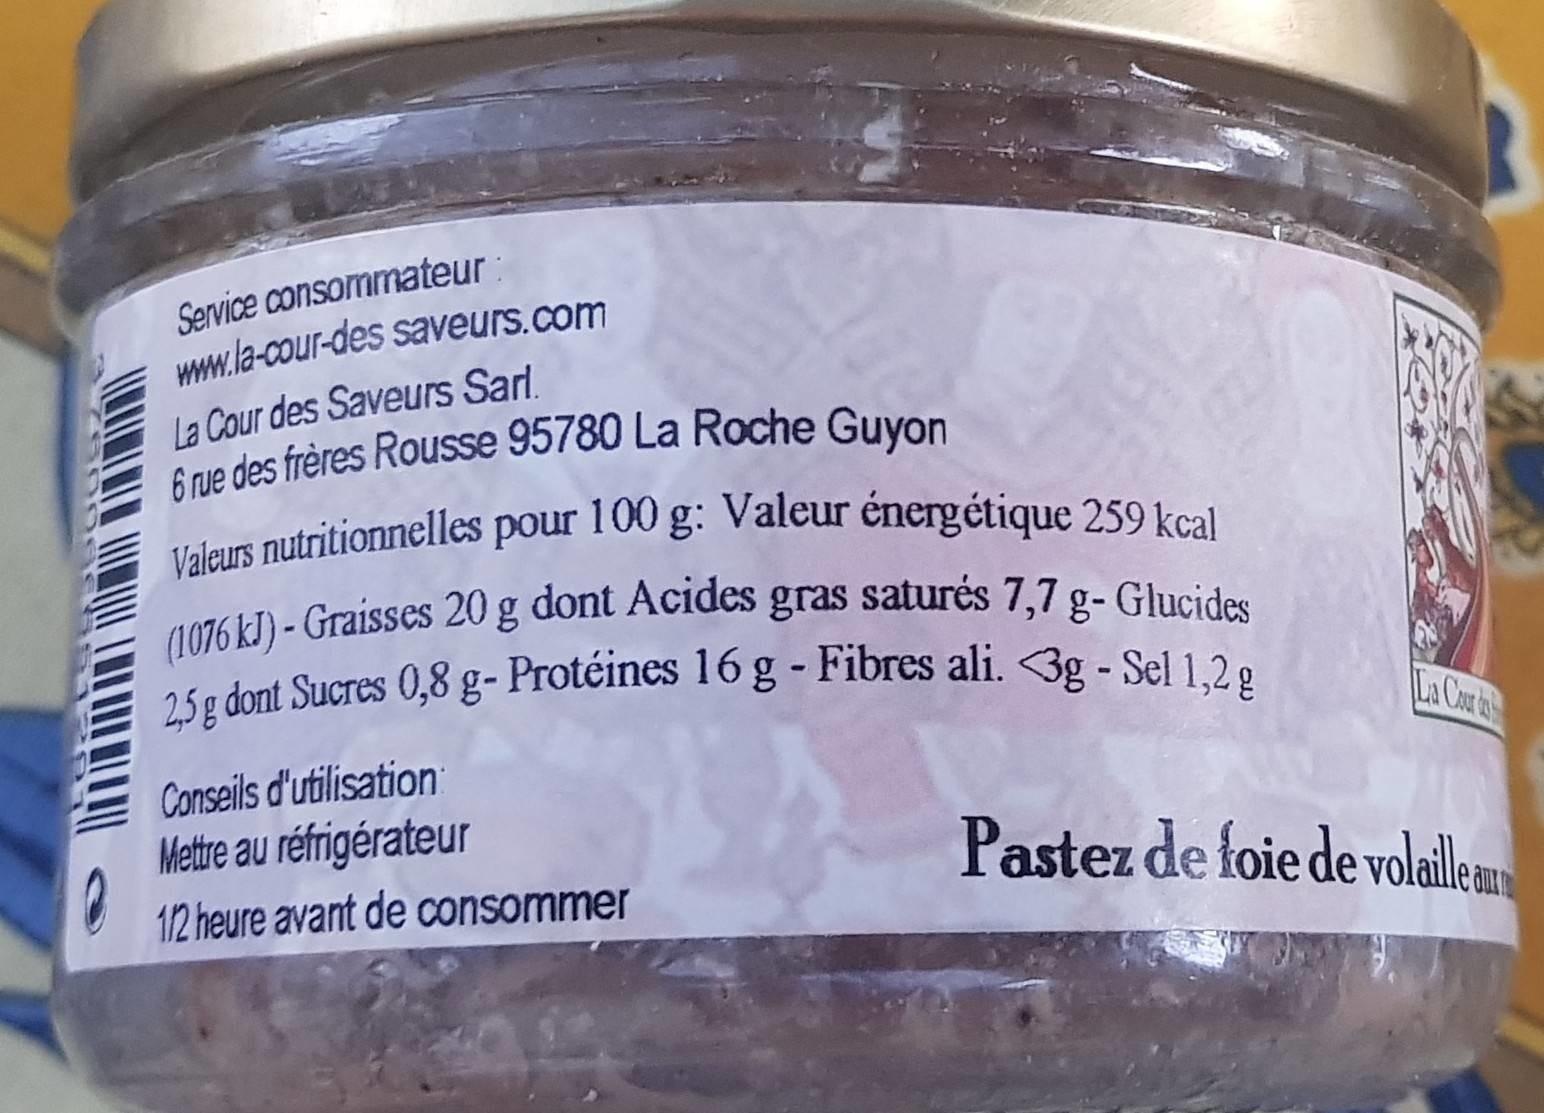
Service consormmateur www.la-cour-des saveurs.com
La Cour des Saveurs Sarl 6 rue des frères Rousse 95780 La Roche Guyon Valeurs nutritionnelles pour 100 g: Valeur énergétique 259 kcal (1076 kJ) - Graisses 20 g dont Acides gras saturės 7,7 g- Glucides 2,5g dont Sucres 0,8 g- Protéines 16 g - Fibres ali. 3g - Sel 1,2 g
La CAr t
Conseils d'utilisation Mettre au réfrigérateur 1/2 heure avant de consommer
Pastez de foie de volailem